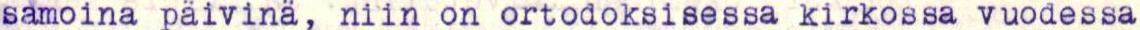
samoina päivinä, niin on ortodoksisessa kirkossa vuodessa